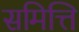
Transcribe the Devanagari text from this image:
समित्ति